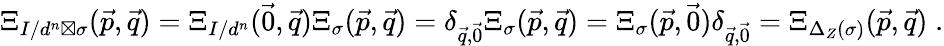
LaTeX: \begin{array}{r}{\Xi_{I/d^{n}\boxtimes\sigma}(\vec{p},\vec{q})=\Xi_{I/d^{n}}(\vec{0},\vec{q})\Xi_{\sigma}(\vec{p},\vec{q})=\delta_{\vec{q},\vec{0}}\Xi_{\sigma}(\vec{p},\vec{q})=\Xi_{\sigma}(\vec{p},\vec{0})\delta_{\vec{q},\vec{0}}=\Xi_{\Delta_{Z}(\sigma)}(\vec{p},\vec{q})\; .}\end{array}